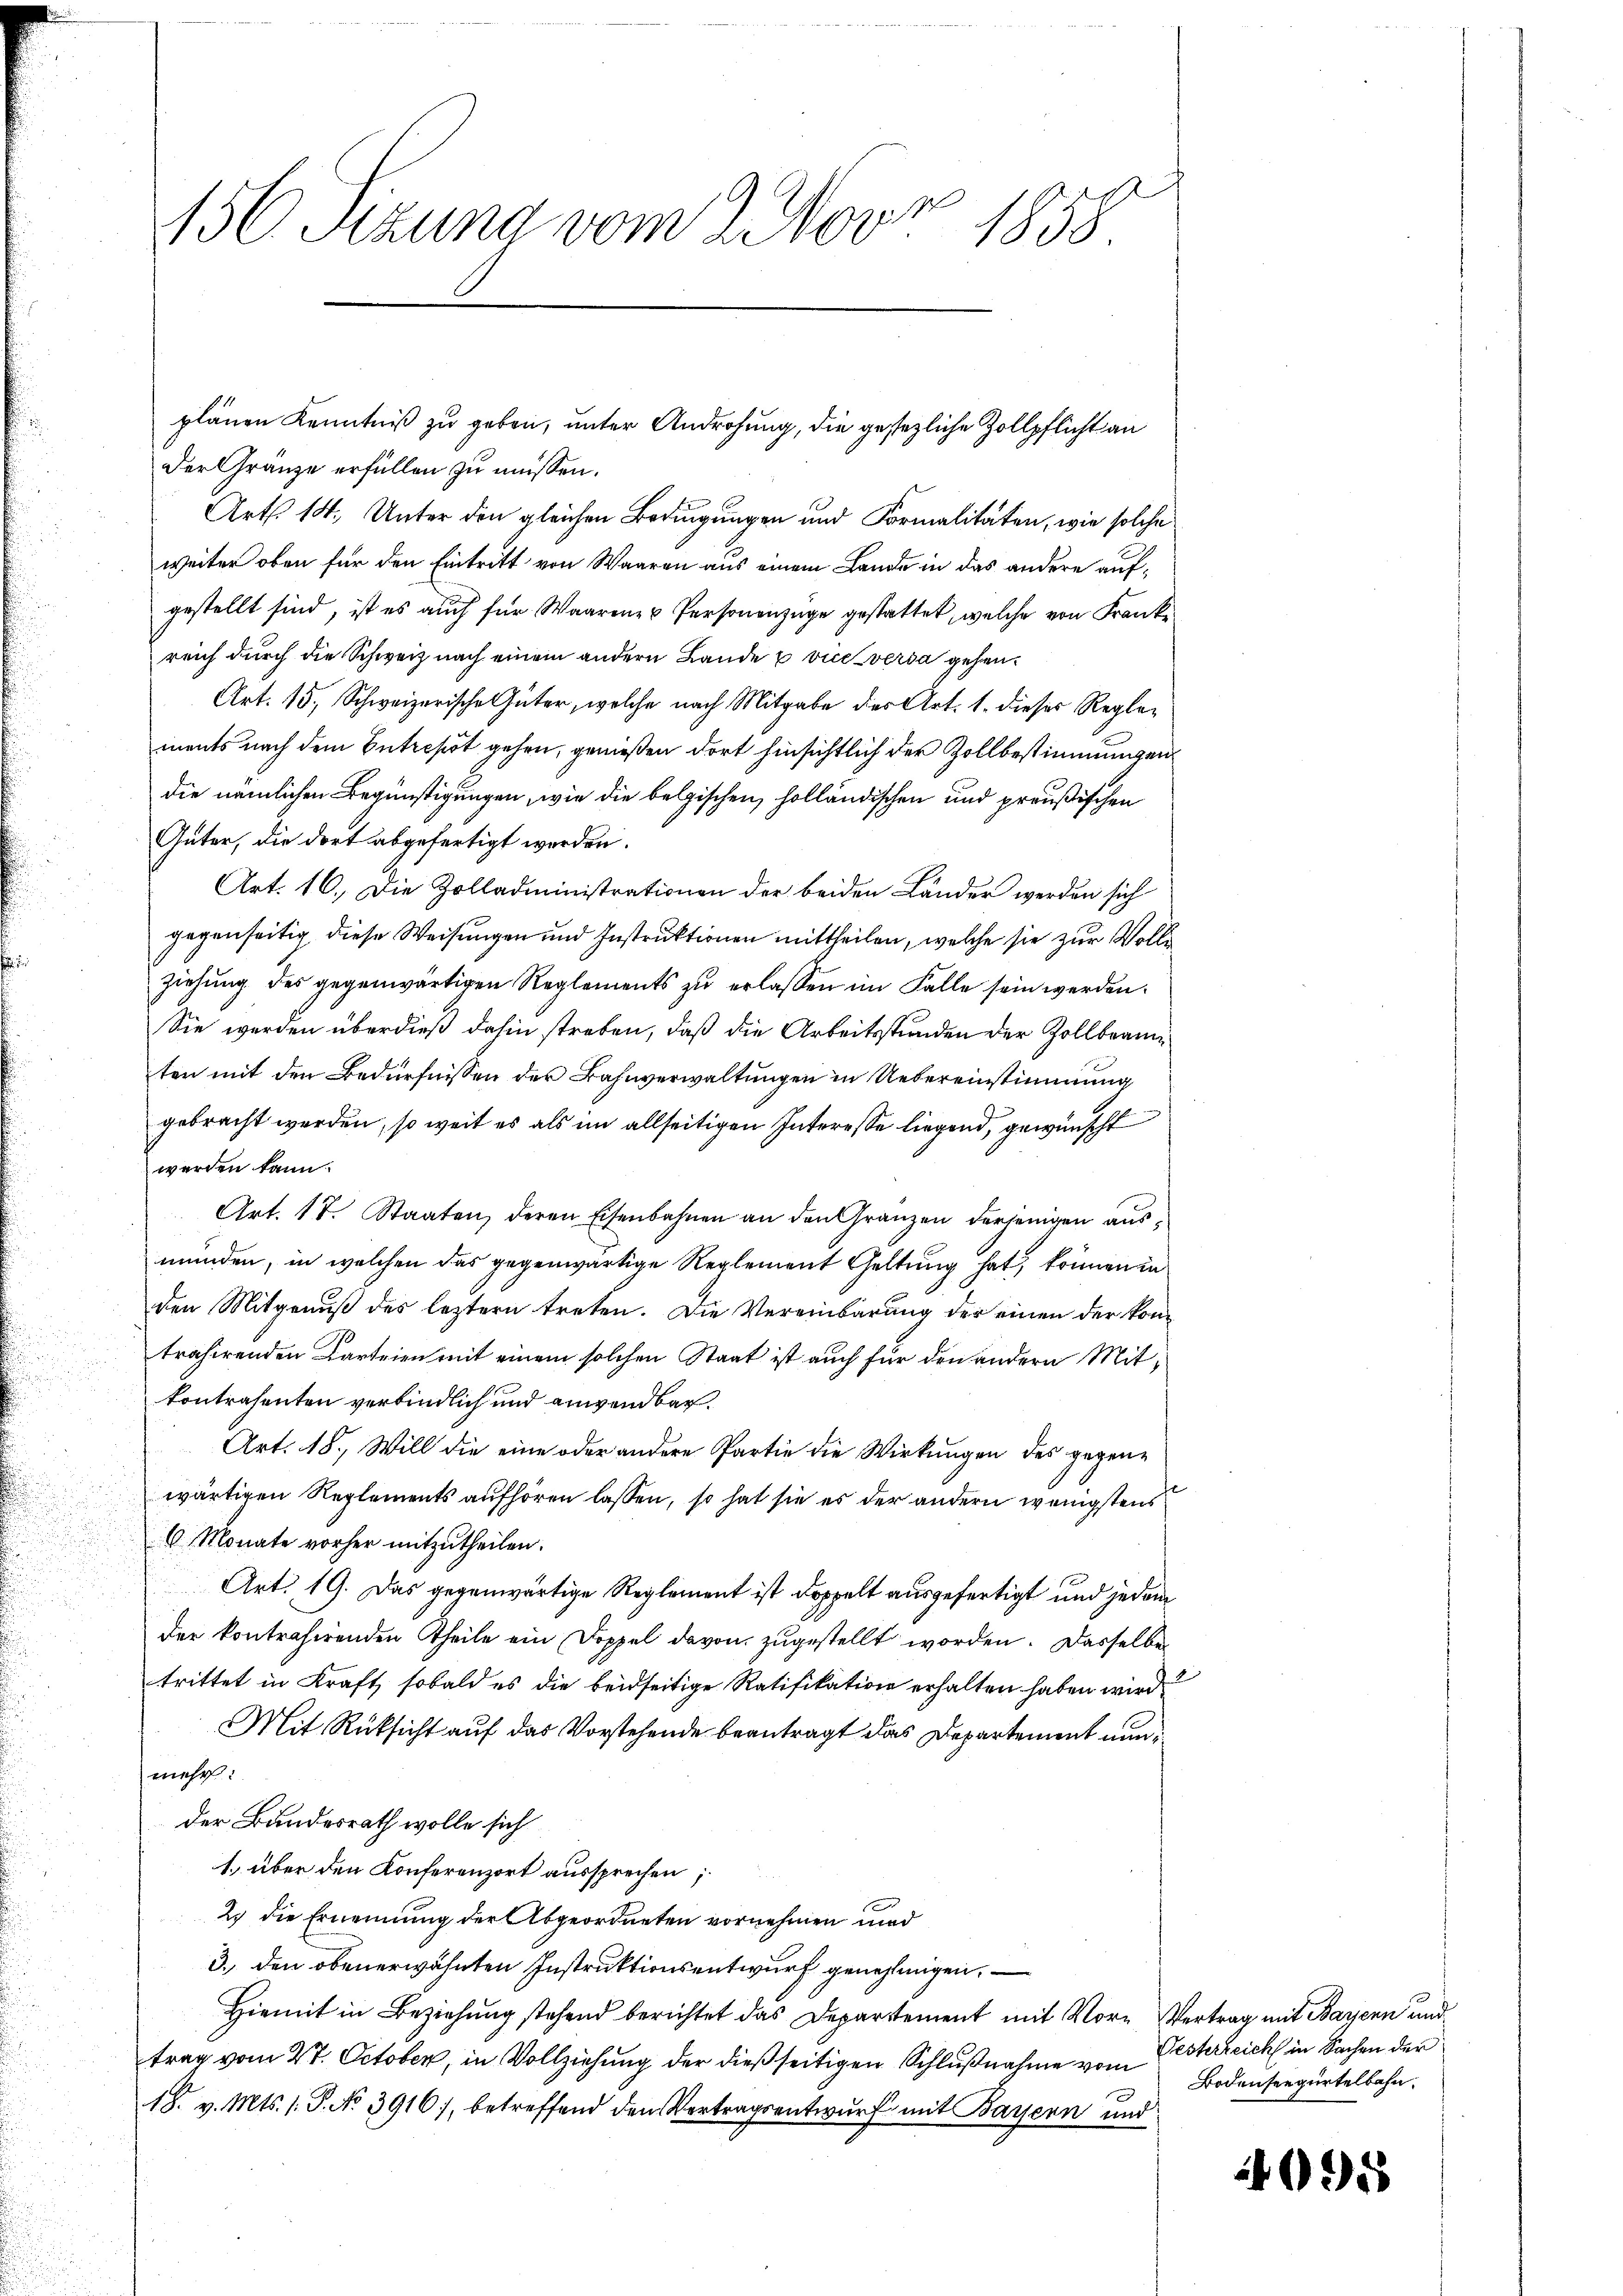
156 Sizung vom 2. Nov. 1858.

plänen Kenntniß zu geben, unter Androhung, die gesezliche Zollpflicht an
der Gränze erfüllen zu müssen.
Art. 14. Unter den gleichen Bedingungen und Formalitäten, wie solche
weiter oben für den Eintritt von Waaren aus einem Lando in das andere aufgestellt sind, ist es auch für Waarener Personenzüge gestattet, welche von Frank
reich durch die Schweiz nach einem andern Lande u viceverda gehen.
Art. 15. Schweizerische Güter, welche nach Mitgabe des Art. 1. dieses Reglements nach dem Entrepot gehen, genießen dort hinsichtlich der Zollbestimmungen
die nämlichen Begünstigungen, wie die belgischen, holländischen und preußischen
Güter, die dort abgefertigt werden.
Art. 16. Die Zolladministrationen der beiden Länder werden sich
gegenseitig diese Weisungen und Instruktionen mittheilen, welche sie zur Volle
ziehŭng des gegenwärtigen Reglements zŭ erlassen im Falle sein werden.
Sie werden überdieß dahin streben, daß die Arbeitsstunden der Zollbeamten mit den Bedürfnissen der Bahnverwaltungen in Uebereinstimmung
gebracht werden, so weit es als im allseitigen Interesse liegend, gewünscht
werden kann.
Art. 17. Staaten, deren Eisenbahnen an den Gränzen derjenigen ausmünden, in welchen das gegenwärtige Reglement Geltung hat, können in
den Mitgenuß des leztern treten. Die Vereinbarung der einen der kontrahirenden Karteien mit einem solchen Staat ist auch für den andern Mitkontrahenten verbindlich und anwendbar.
Art. 18., Will die eine oder andere Partie die Wirkungen des gegenwärtigen Reglements aufhören lassen, so hat sie es der andern wenigstens
6 Monate vorher mitzutheilen.
Art. 19. Das gegenwärtige Reglement ist doppelt ausgefertigt und jedem
der kontrahirenden Theile ein Doppel davon zugestellt worden. Dasselben
trittet in Kraft, sobald es die beidseitige Ratifikation erhalten haben wird
Mit Rücksicht auf das Vorstehende beantragt das Departement nunmehr:
der Bundesrath wolle sich
1., über den Konferenzort aussprechen;
2) die Ernennung der Abgeordneten vornehmen und
3. den obenerwähnten Instruktionsentwurf genehmigen.
Hiemit in Beziehung stehend berichtet das Departement mit Vor- Vertrag mit Barenn und
trag vom 27. October, in Vollziehung der dießseitigen Schlußnahme vom
18. v. Mts. 1. P. No 3916), betreffend den Vertragsentwurf mit Bayern und

Oesterreich in Sachen der
Bodenseegürtelbahn.

95